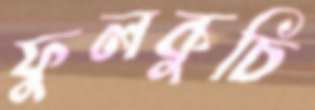
ফুলকুচি